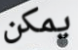
يمكن